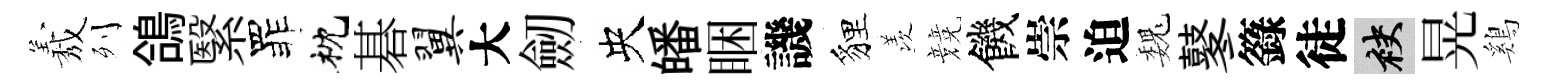
𦏁列鴿繄罪枕碁翼大劒央皤睏譏貍羡競饑崇迫巍鼕籙徒袂晃鷄